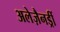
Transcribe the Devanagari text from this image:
अलेज़ैनड्रीं